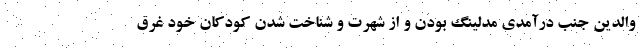
والدین جنب درآمدی مدلینگ بودن و از شهرت و شناخت شدن کودکان خود غرق